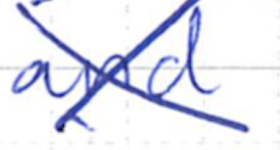
Text: and
Cross-out: mix
Writing tool: ballpoint